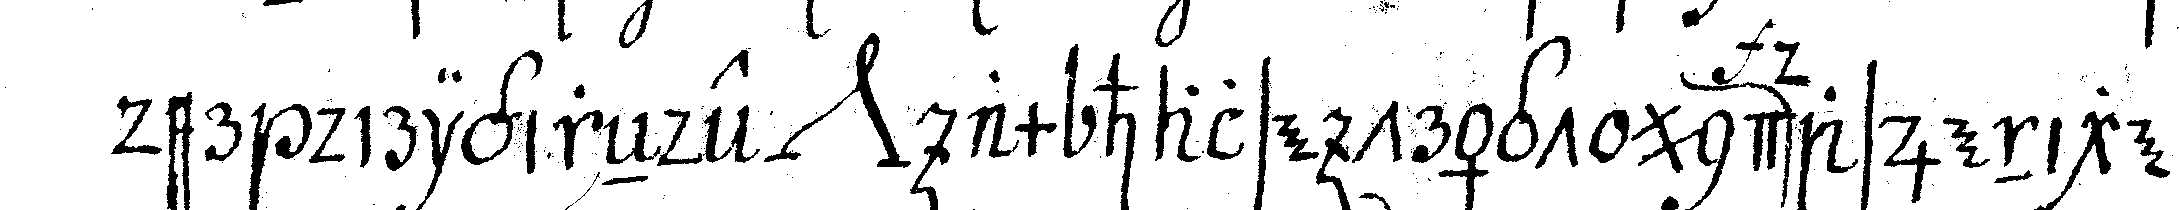
der dirigireNde *nee* am halse trägt und dasjenige